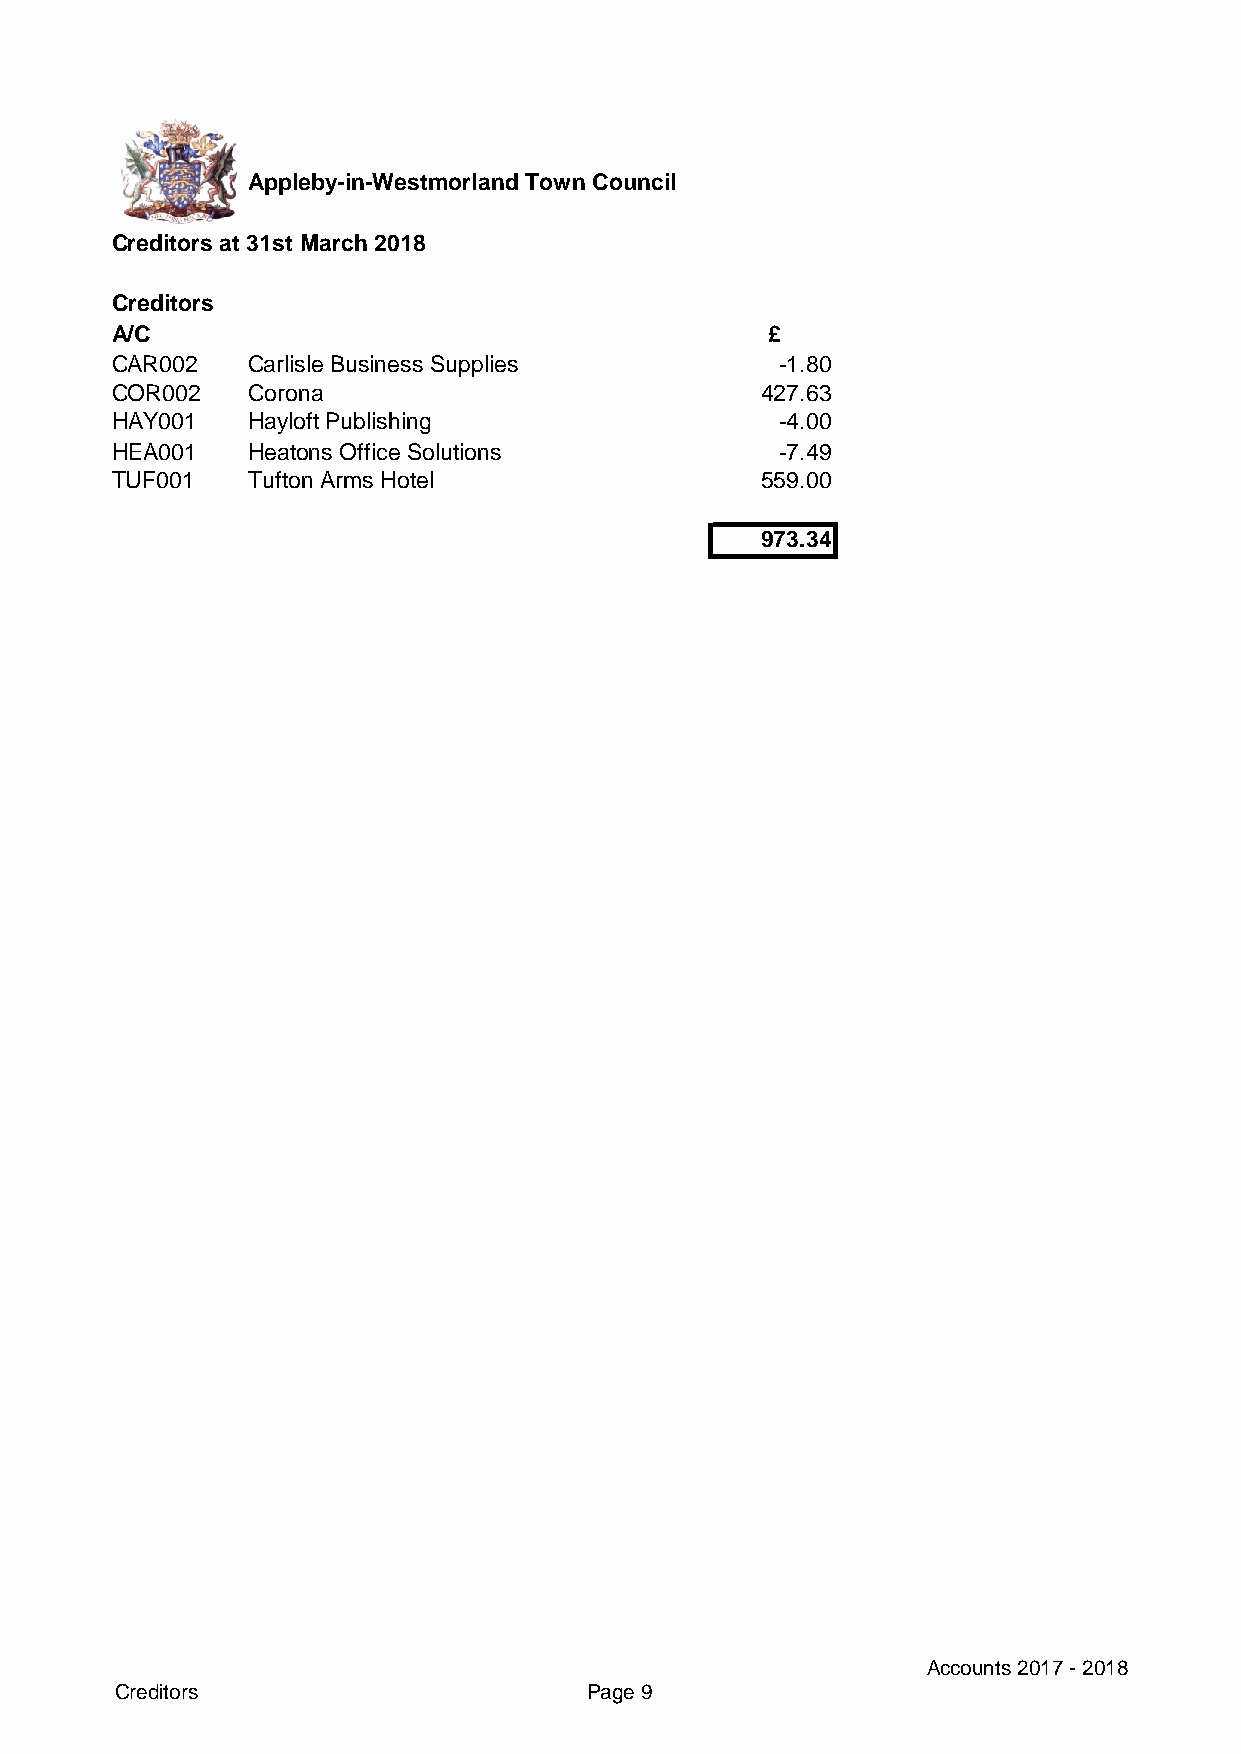
Appleby-in-Westmorland Town Council
 Creditors at 31st March 2018
 Creditors
 A/C                                         £
 CAR002   Carlisle Business Supplies          -1.80
 COR002   Corona                            427.63
 HAY001   Hayloft Publishing                  -4.00
 HEA001   Heatons Office Solutions            -7.49
 TUF001   Tufton Arms Hotel                 559.00
 973.34
 Accounts 2017 - 2018
 Creditors                      Page 9